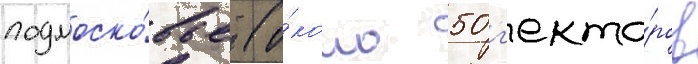
подмоско́вье (о́коло 50 г'екта́ров